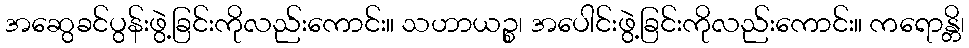
အဆွေခင်ပွန်းဖွဲ့ခြင်းကိုလည်းကောင်း။ သဟာယဉ္စ၊ အပေါင်းဖွဲ့ခြင်းကိုလည်းကောင်း။ ကရောန္တိ၊